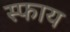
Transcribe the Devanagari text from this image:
स्फाय